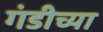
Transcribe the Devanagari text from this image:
गंडीच्या